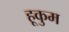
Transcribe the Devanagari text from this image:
हूकुम